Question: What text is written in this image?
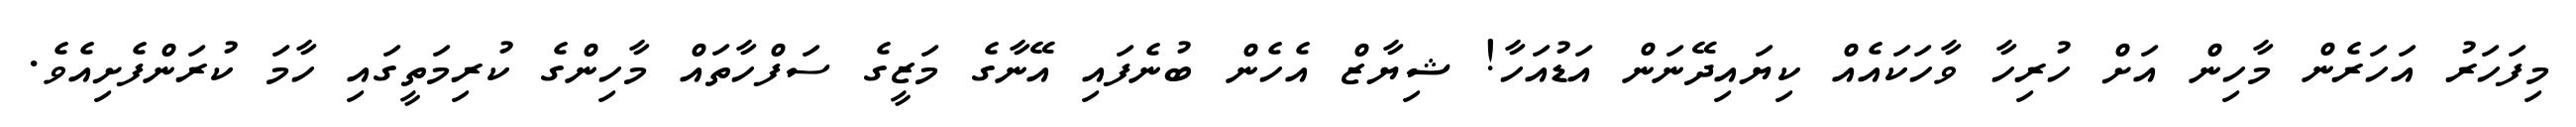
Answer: މިފަހަރު އަހަރެން މާހިން އަށް ހުރިހާ ވާހަކައެއް ކިޔައިދޭނަން އަޑުއަހާ! ޝިޔާޒް އެހެން ބުނެފައި އޭނާގެ މަޒީގެ ސަފްހާތައް މާހިންގެ ކުރިމަތީގައި ހާމަ ކުރަންފެށިއެވެ.